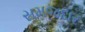
સમજદાર